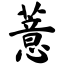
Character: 薏